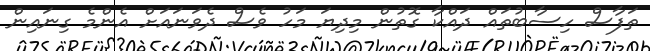
ތަފާސް ހިސާބުތައް ދައްކާ ގޮތުން މިދިޔަ މަހު ވެސް ދެވަނައަށް އެންމެ ގިނައިން